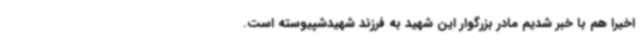
اخیرا هم با خبر شدیم مادر بزرگوار این شهید به فرزند شهیدشپیوسته است.